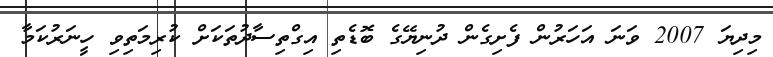
މިދިޔަ 2007 ވަނަ އަހަރުން ފެށިގެން ދުނިޔޭގެ ބޮޑެތި އިގްތިސާދުތަކަށް ކުރިމަތިވި ހީނަރުކަމާ